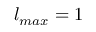
l _ { m a x } = 1